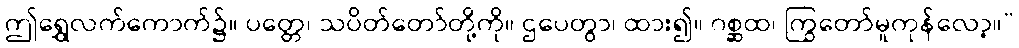
ဤရွှေလက်ကောက်၌။ ပတ္တေ၊ သပိတ်တော်တို့ကို။ ဌပေတွာ၊ ထား၍။ ဂစ္ဆထ၊ ကြွတော်မူကုန်လော့။”